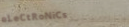
eLeCtRoNiCs